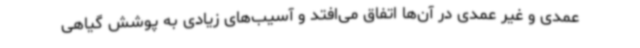
عمدی و غیر عمدی در آن‌ها اتفاق می‌افتد و آسیب‌های زیادی به پوشش گیاهی